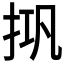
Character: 𰓘